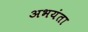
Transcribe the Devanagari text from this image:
अभयंता